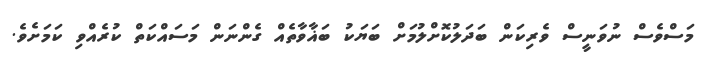
މަސްވެސް ނުވަނީސް ވެރިކަން ބަދަލުކޮށްލުމަށް ބަޔަކު ބަޣާވާތެއް ގެންނަން މަސައްކަތް ކުރެއްވި ކަމަށެވެ.